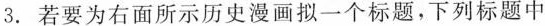
3.若要为右面所示历史漫画拟一个标题，下列标题中